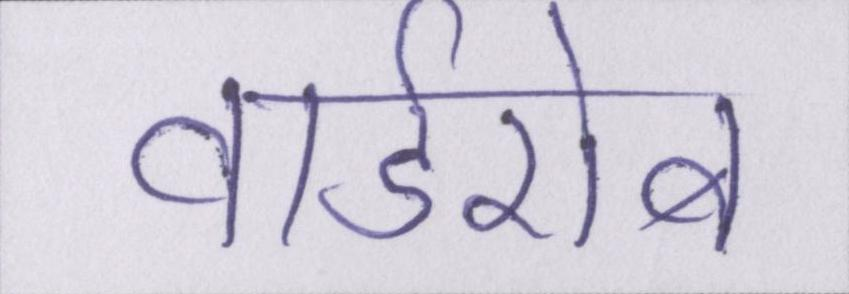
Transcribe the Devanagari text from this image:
वार्डरोब